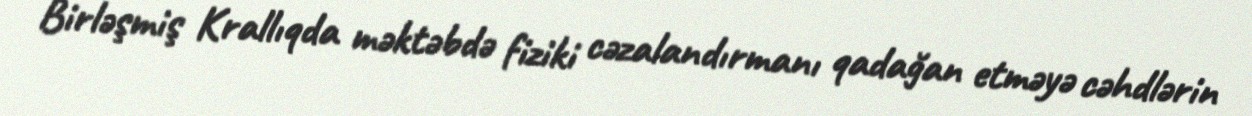
Birləşmiş Krallıqda məktəbdə fiziki cəzalandırmanı qadağan etməyə cəhdlərin